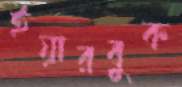
ইয়ারবুক